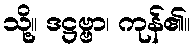
သို့။ ဒဋ္ဌဗ္ဗာ၊ ကုန်၏။